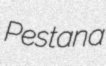
Pestana